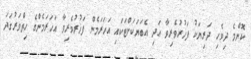
ކޮންމެ ދިވެހި ދަރިޔަކު ފަޚުރުވެރިވާ އަދި އެބަޔަކަށްޓަކައި އަހަރަމެން ފަޚުރުވެރިވާ އަހަރަމެންގެ ހިތްވަރުގަދަ